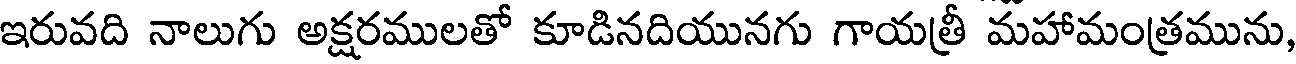
ఇరువది నాలుగు అక్షరములతో కూడినదియునగు గాయత్రీ మహామంత్రమును,